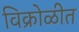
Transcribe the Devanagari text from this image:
विक्रोळीत